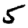
Digit: 5